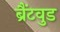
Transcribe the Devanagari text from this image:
ब्रैंटवुड